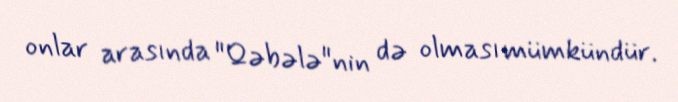
onlar arasında "Qəbələ"nin də olması mümkündür.